Lock hospitals Punjab
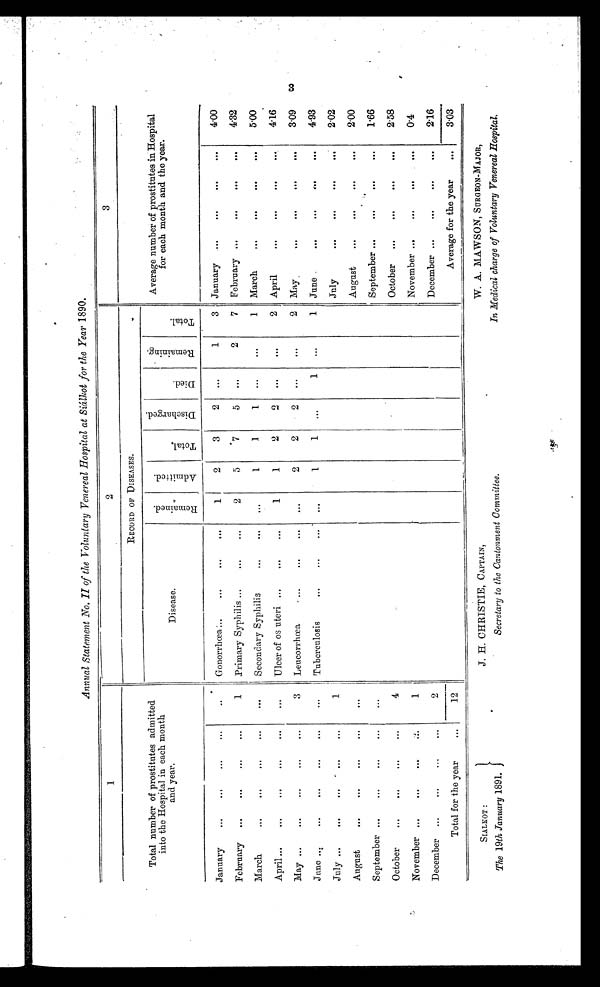
Annual Statement No. II of the Voluntary Venereal Hospital at Siálkol for the Year 1890.
1
2
3
Total number of prostitutes admitted
into the Hospital in each month
and year.
RECORD OF DISEASES.
Average number of prostitutes in Hospital Hos
for each month and the year.
Disease.
R e m a i n e d .
A d m i t t e d .
T o t a l .
.
D i s c h a r e d .
D i e d .
R e m a i n i n g .
T o t a l ..
January
. . .
Gonorrhœa
1
2
3
2
. . .
1
3
January
4.00
February
1
Primary Syphilis
2
5
7 5
...
2
7
February
4.32
March
. . .
Secondary Syphilis
. . .
1
1
1
. . .
...
1
March
5.00
A p ril
...
Ulcer of os uteri
1
1
2
2
...
. . .
2 April
4.16
May
3
Leucorrhœa
...
2
2
2
...
. . .
2 May
3.09
June
...
Tuberculosis
. . .
1
1
. . .
1
. . .
1 June
4.93
July
1
July
2.02
August
...
August
2.00
September
. . .
September
1.66
October
4
October
2.58
November
1
November
0.4
December
2
December
2.16
Total for the year...
12
Average for the year
3.03
SIALKOT: J. H. CHRISTIE, CAPTAIN, W. A. MAWSON, SURGEON-MAJOR,
The 19th January 1891.
Secretary to the Cantonment Committee.
In Medical charge of Voluntary Venereal Hospital.
3